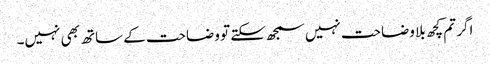
اگر تم کچھ بلا وضاحت نہیں سمجھ سکتے تو وضاحت کے ساتھ بھی نہیں۔